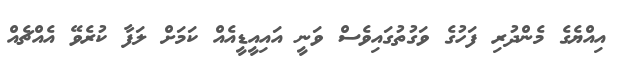
އިއްޔެގެ މެންދުރި ފަހުގެ ވަގުތުގައިވެސް ވަނީ އައިއީޑީއެއް ކަމަށް ލަފާ ކުރެވޭ އެއްޗެއް